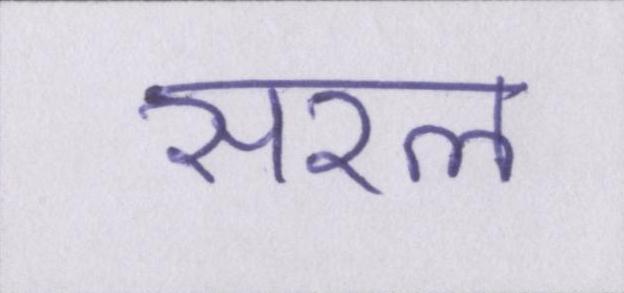
सरल